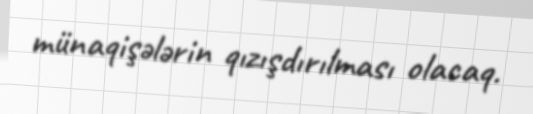
münaqişələrin qızışdırılması olacaq.